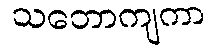
သဘောကျကာ